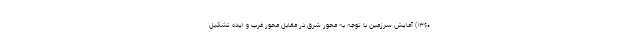
۱۳۶۰) آمایش سرزمین با توجه به محور شرق در مقابل محور غرب و ایده تشکیل